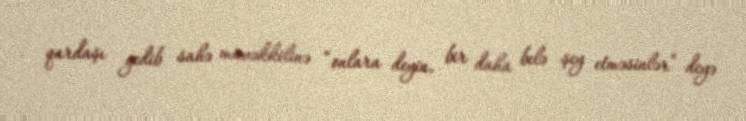
qardaşı gedib sahə müvəkkilinə “onlara deyin, bir daha belə şey etməsinlər” deyə